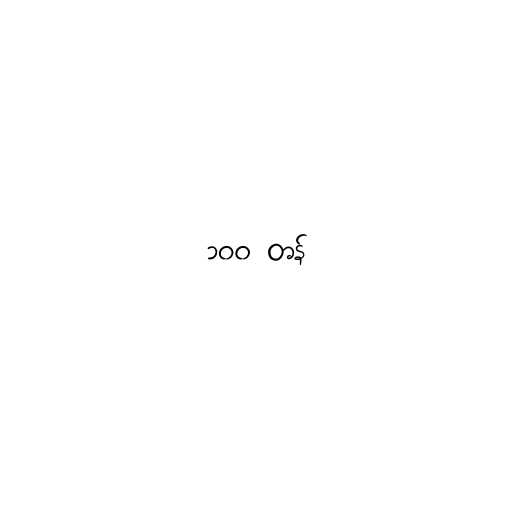
၁၀၀ တန်